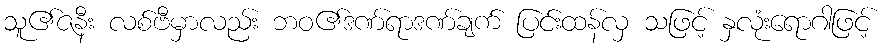
သူ၏ဇနီး လစ်ဗီမှာလည်း ဘဝ၏ဒဏ်ရာဒဏ်ချက် ပြင်းထန်လှ သဖြင့် နှလုံးရောဂါဖြင့်